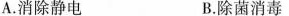
A.消除静电 B.除菌消毒